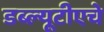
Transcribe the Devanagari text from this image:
डब्ल्यूटीएचे